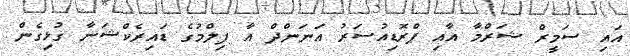
އައި ސަމީރް ޝަރްމާ އާއި ޕްރޮޑިއުސަރު އަނަންދް އާ ފިލްމުގެ ޑައިރެކްޝަނާ ގުޅިގެން